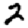
Digit: 2